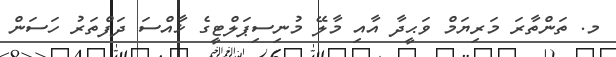
މ. ތަންތާރަ މަރިޔަމް ވަޙީދާ އާއި މާލޭ މުނިސިޕަލްޓީގެ ޚާއްސަ ދަފްތަރު ހަސަން